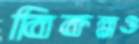
বিকল্পও